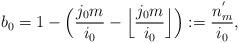
LaTeX: \begin{align*}b_0=1-\Big(\dfrac{j_0m}{i_0}-\Big\lfloor\dfrac{j_0m}{i_0}\Big\rfloor\Big):=\dfrac{n_m^{'}}{i_0},\end{align*}